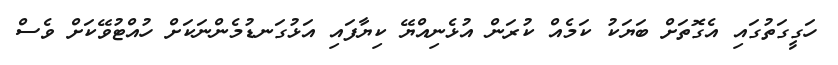
ހަގީގަތުގައި އެެގޮތަށް ބަޔަކު ކަމެއް ކުރަން އުޅެނިއްޔޭ ކިޔާފައި އަޅުގަނޑުމެންނަކަށް ހުއްޓުވޭކަށް ވެސް